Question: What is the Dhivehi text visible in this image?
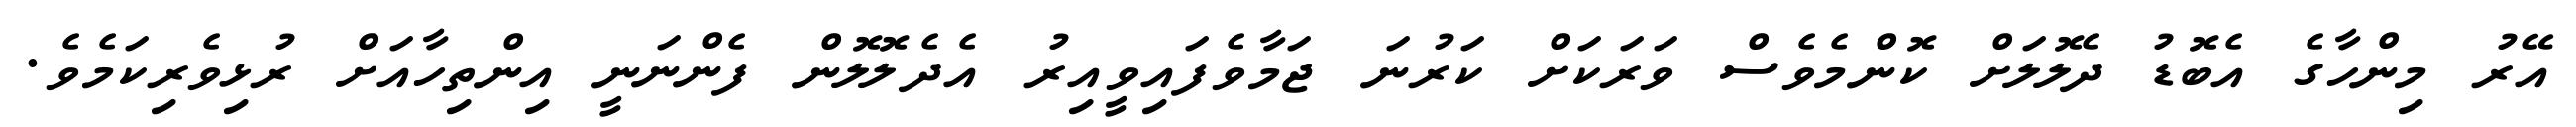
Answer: އޭރު މިންހާގެ އެބޮޑު ދެލޮލަށް ކޮންމެވެސް ވަރަކަށް ކަރުނަ ޖަމާވެފައިވީއިރު އެދެލޮލޮން ފެންނަނީ އިންތިހާއަށް ރުޅިވެރިކަމެވެ.